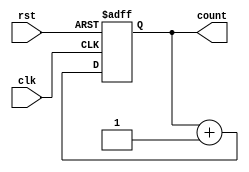
module binary_counter (
    input wire clk,        // Clock signal
    input wire rst,        // Asynchronous reset signal
    output reg [3:0] count // 4-bit output for the current count value
);

// State transition logic
always @(posedge clk or posedge rst) begin
    if (rst) begin
        count <= 4'b0000; // Reset the counter to 0
    end else begin
        count <= count + 1; // Increment the counter
    end
end

endmodule